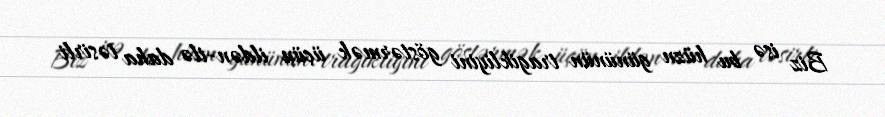
Biz isə bu hüzn gününün tragikliyini göstərmək üçün ildən-ilə daha təsirli